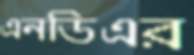
এনডিএর